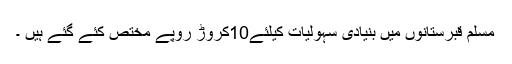
مسلم قبرستانوں میں بنیادی سہولیات کیلئے10کروڑ روپے مختص کئے گئے ہیں ۔